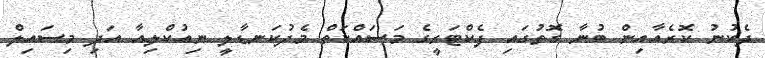
ދެކުނު ކޮރެއާއިން ބުނާ ގޮތުގައި ފެކްޓަރީގެ މަސައްކަތް މެދުކަނޑާލީ ނިއުކްލިއާ އަދި މިސައިލް